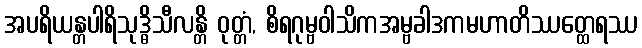
အပရိယန္တပါရိသုဒ္ဓိသီလန္တိ ဝုတ္တံ, စိရဂုမ္ဗဝါသိကအမ္ဗခါဒကမဟာတိဿတ္ထေရဿ